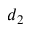
d _ { 2 }